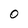
Character: 0